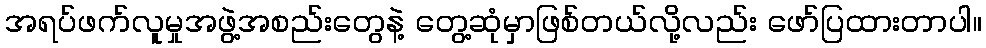
အရပ်ဖက်လူမှုအဖွဲ့အစည်းတွေနဲ့ တွေ့ဆုံမှာဖြစ်တယ်လို့လည်း ဖော်ပြထားတာပါ။